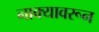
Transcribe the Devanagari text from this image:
नाक्यावरून